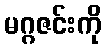
မဂ္ဂဇင်းကို